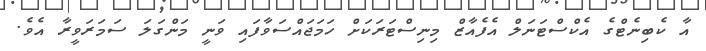
އާ ކެބިނެޓްގެ އެކްސްޓަނަލް އެފެއާޒް މިނިސްޓަރަކަށް ހަމަޖައްސަވާފައި ވަނީ މަންގަލަ ސަމަރަވީރާ އެވެ.